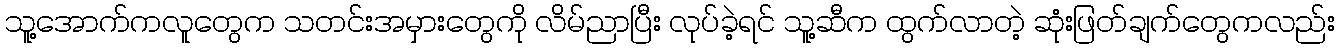
သူ့အောက်ကလူတွေက သတင်းအမှားတွေကို လိမ်ညာပြီး လုပ်ခဲ့ရင် သူ့ဆီက ထွက်လာတဲ့ ဆုံးဖြတ်ချက်တွေကလည်း